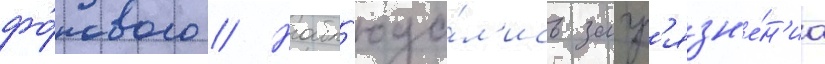
фо́нового // Набл'юда́л'ись загр'язн'е́н'иа